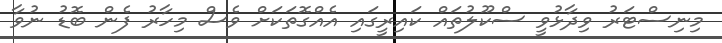
މިނިސްޓަރު ވިދާޅުވީ ސްކޫލުތައް ކައިރީގައި އެއްގޮތަކަށް ވެސް މިހާރު ފެން ބޮޑު ނުވާ